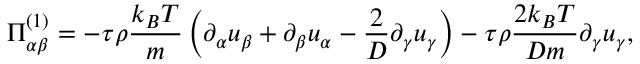
\Pi _ { \alpha \beta } ^ { ( 1 ) } = - \tau \rho \frac { k _ { B } T } { m } \left( \partial _ { \alpha } u _ { \beta } + \partial _ { \beta } u _ { \alpha } - \frac { 2 } { D } \partial _ { \gamma } u _ { \gamma } \right) - \tau \rho \frac { 2 k _ { B } T } { D m } \partial _ { \gamma } u _ { \gamma } ,